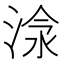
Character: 𣶗